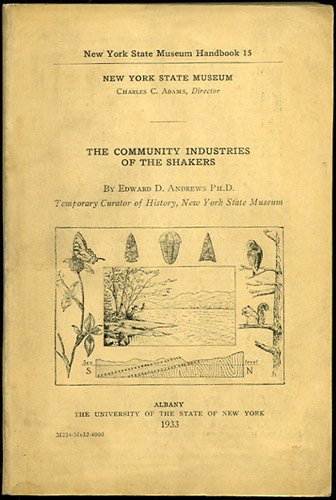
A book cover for Community Industries of the Shakers (The American utopian adventure); Edward Deming Andrews; Christian Books & Bibles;